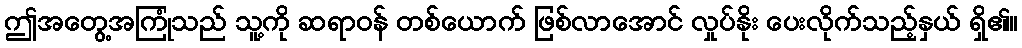
ဤအတွေ့အကြုံသည် သူ့ကို ဆရာဝန် တစ်ယောက် ဖြစ်လာအောင် လှုပ်နိုး ပေးလိုက်သည့်နှယ် ရှိ၏။